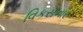
વિકસનાર